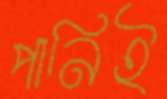
পানিই